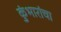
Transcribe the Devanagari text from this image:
कुंभारांचा